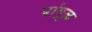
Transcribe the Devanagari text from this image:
पांगूळ